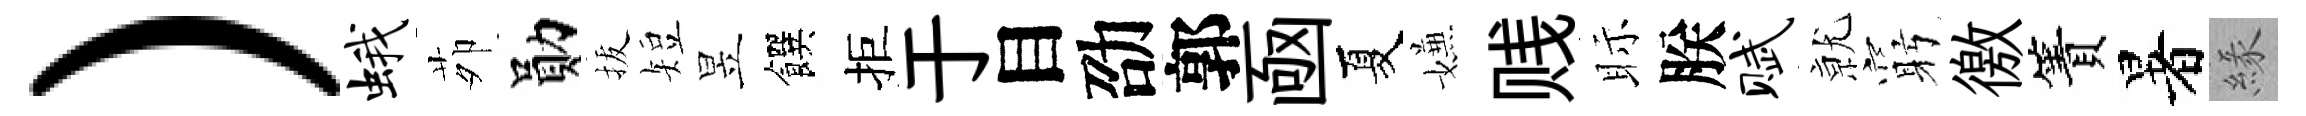
）蛾茆勛拔短昱饌拒于目劭郭凾夏嫌贱眎朕赋𭕒窮徼簀暑緣